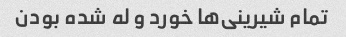
تمام شیرینی‌ها خورد و له شده بودن